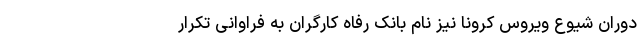
دوران شیوع ویروس کرونا نیز نام بانک رفاه کارگران به فراوانی تکرار